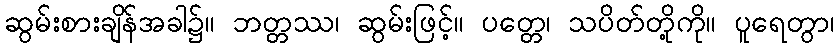
ဆွမ်းစားချိန်အခါ၌။ ဘတ္တဿ၊ ဆွမ်းဖြင့်။ ပတ္တေ၊ သပိတ်တို့ကို။ ပူရေတွာ၊